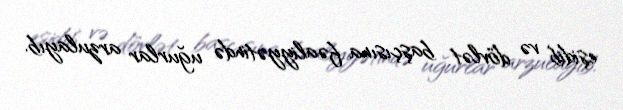
eşidib və dövlət başçısına fəaliyyətində uğurlar arzulayıb.